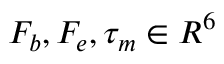
F _ { b } , F _ { e } , \tau _ { m } \in R ^ { 6 }